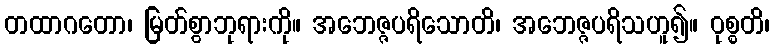
တထာဂတော၊ မြတ်စွာဘုရားကို။ အဘေဇ္ဇပရိသောတိ၊ အဘေဇ္ဇပရိသဟူ၍။ ဝုစ္စတိ၊